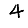
Digit: 4